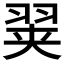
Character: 𰭢